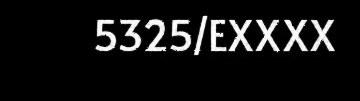
5325/EXXXX